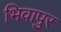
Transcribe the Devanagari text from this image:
भिवापुर